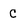
Character: C